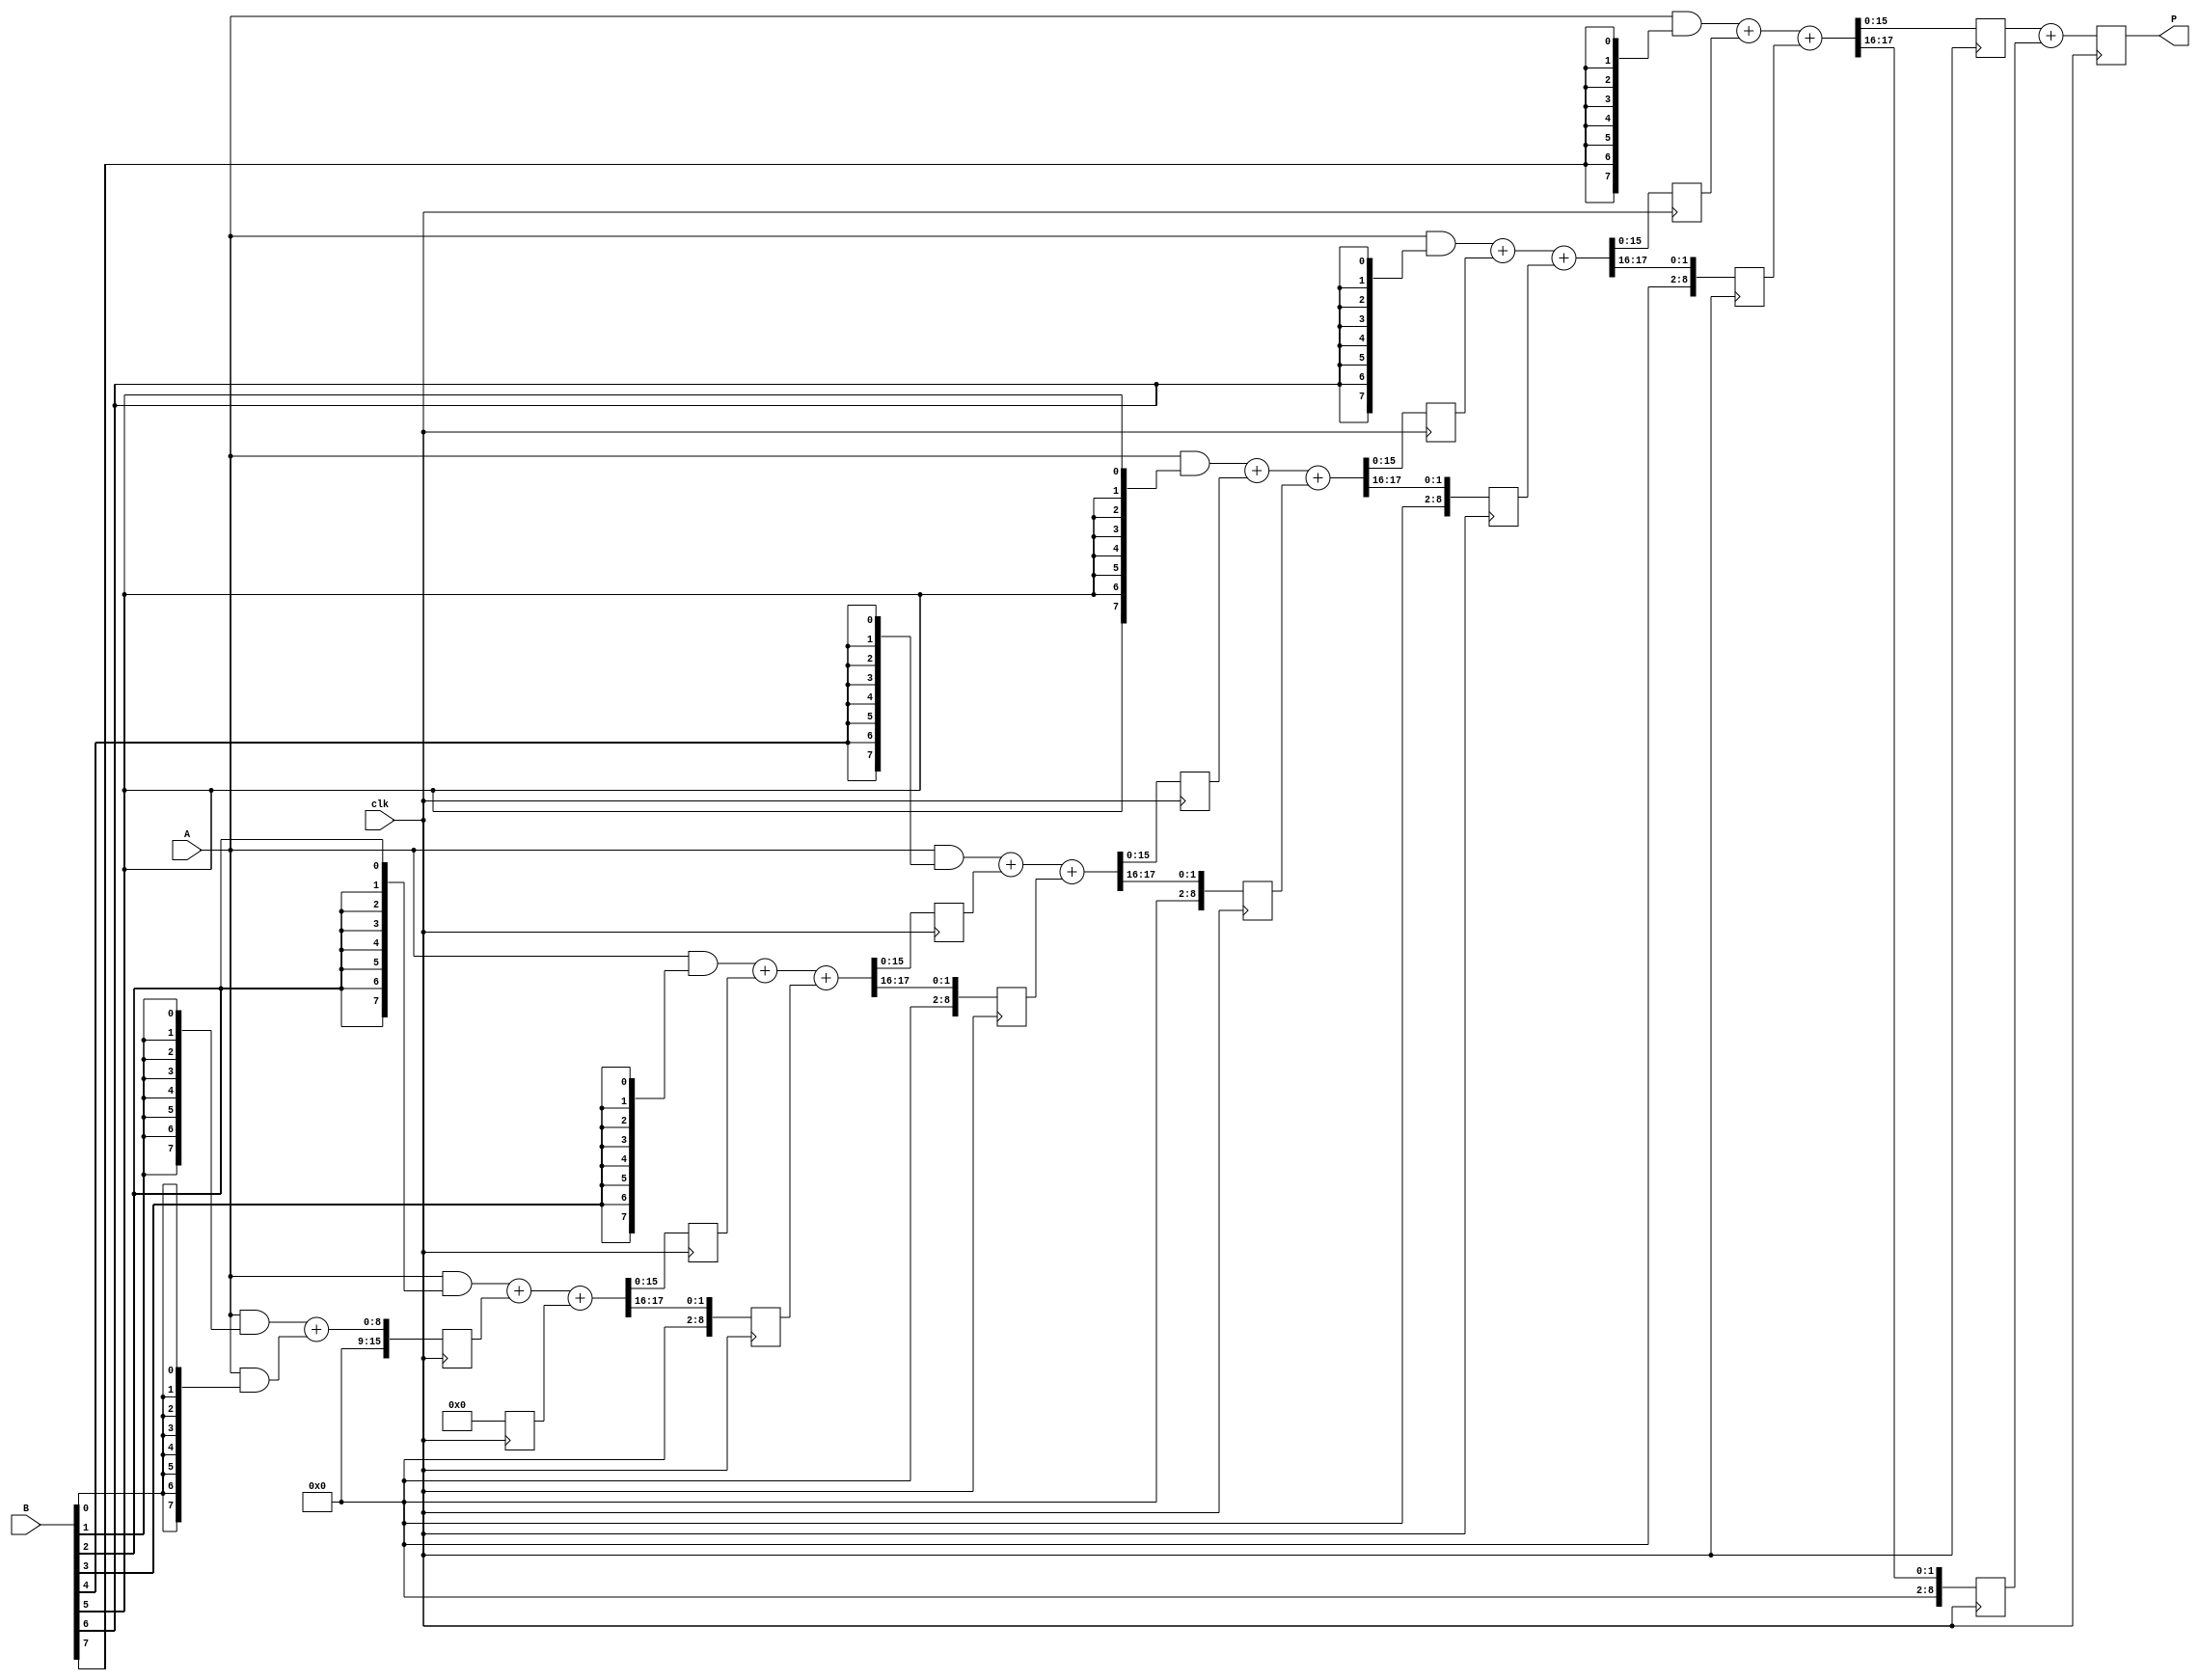
module wallace_tree_multiplier #(parameter N = 8) (
    input wire clk,
    input wire [N-1:0] A,
    input wire [N-1:0] B,
    output reg [2*N-1:0] P
);

    reg [N-1:0] pp [0:N-1]; // Partial products
    reg [2*N-1:0] sum [0:N-1]; // Intermediate sums
    reg [N:0] carry [0:N-1]; // Intermediate carries

    // Generate partial products
    integer i, j;
    always @(*) begin
        for (i = 0; i < N; i = i + 1) begin
            pp[i] = A & {N{B[i]}}; // AND each bit of B with A
        end
    end

    // Wallace Tree Reduction
    always @(posedge clk) begin
        // Stage 1: Combine partial products using half and full adders
        for (i = 0; i < N; i = i + 1) begin
            if (i == 0) begin
                sum[i] <= pp[i]; // First partial product
                carry[i] <= 0; // No carry for the first stage
            end else if (i == 1) begin
                {carry[i], sum[i]} <= pp[i] + pp[i-1]; // Add first two partial products
            end else begin
                // Use full adder logic for subsequent stages
                {carry[i], sum[i]} <= pp[i] + sum[i-1] + carry[i-1];
            end
        end

        // Final addition of the last two sums
        P <= sum[N-1] + carry[N-1];
    end

endmodule